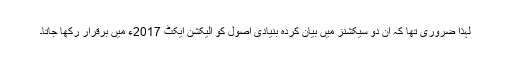
لہٰذا ضروری تھا کہ ان دو سیکشنز میں بیان کردہ بنیادی اصول کو الیکشن ایکٹ 2017ء میں برقرار رکھا جاتا۔